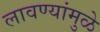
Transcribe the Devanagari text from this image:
लावण्यांमुळे